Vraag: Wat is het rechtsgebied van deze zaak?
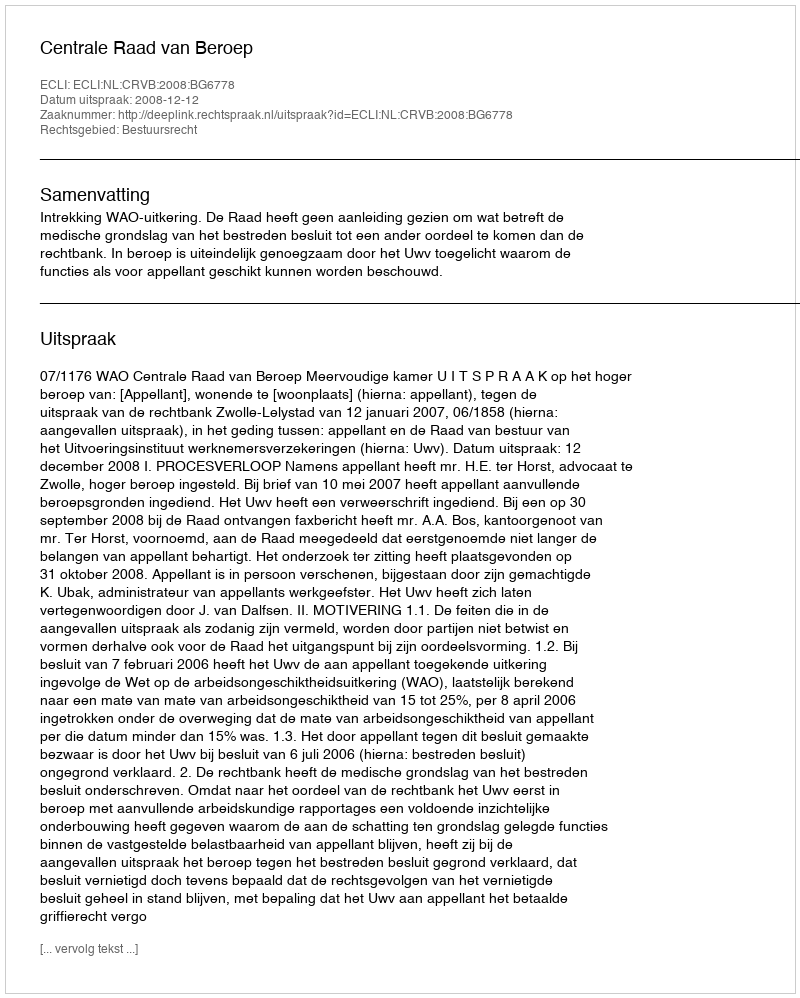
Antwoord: Bestuursrecht